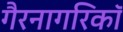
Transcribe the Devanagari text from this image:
गैरनागरिकॉ